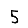
Digit: 5